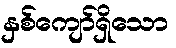
နှစ်ကျော်ရှိသော